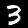
Digit: 3